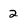
Character: 2